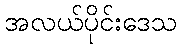
အလယ်ပိုင်းဒေသ